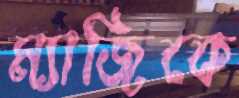
ম্যাজিকে